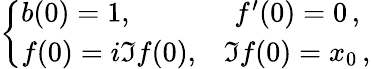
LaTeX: \begin{array}{r}{\left\{ \begin{array}{lc}{b(0)=1,}&{f^{\prime}(0)=0\, ,}\\ {f(0)=i\Im f(0),}&{\Im f(0)=x_{0}\, ,}\end{array}\right.}\end{array}